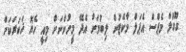
ގޫގުލް މެޕްސް އެޕަލް މާކެޓުން ލިބުމަށް އެދޭ މީހުންނަށް މިއީ ހެޔޮ ޚަބަރަކަށް